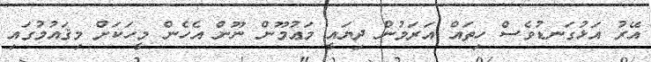
އޭރު އަޅުގަނޑުވެސް ހިތައް އަރަމުން ދިޔައީ މަޢުމޫން ނޫން އެހެން މީހަކަށް މިޤައުމުގައި